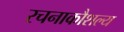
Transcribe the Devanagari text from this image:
रचनाकौशल्य